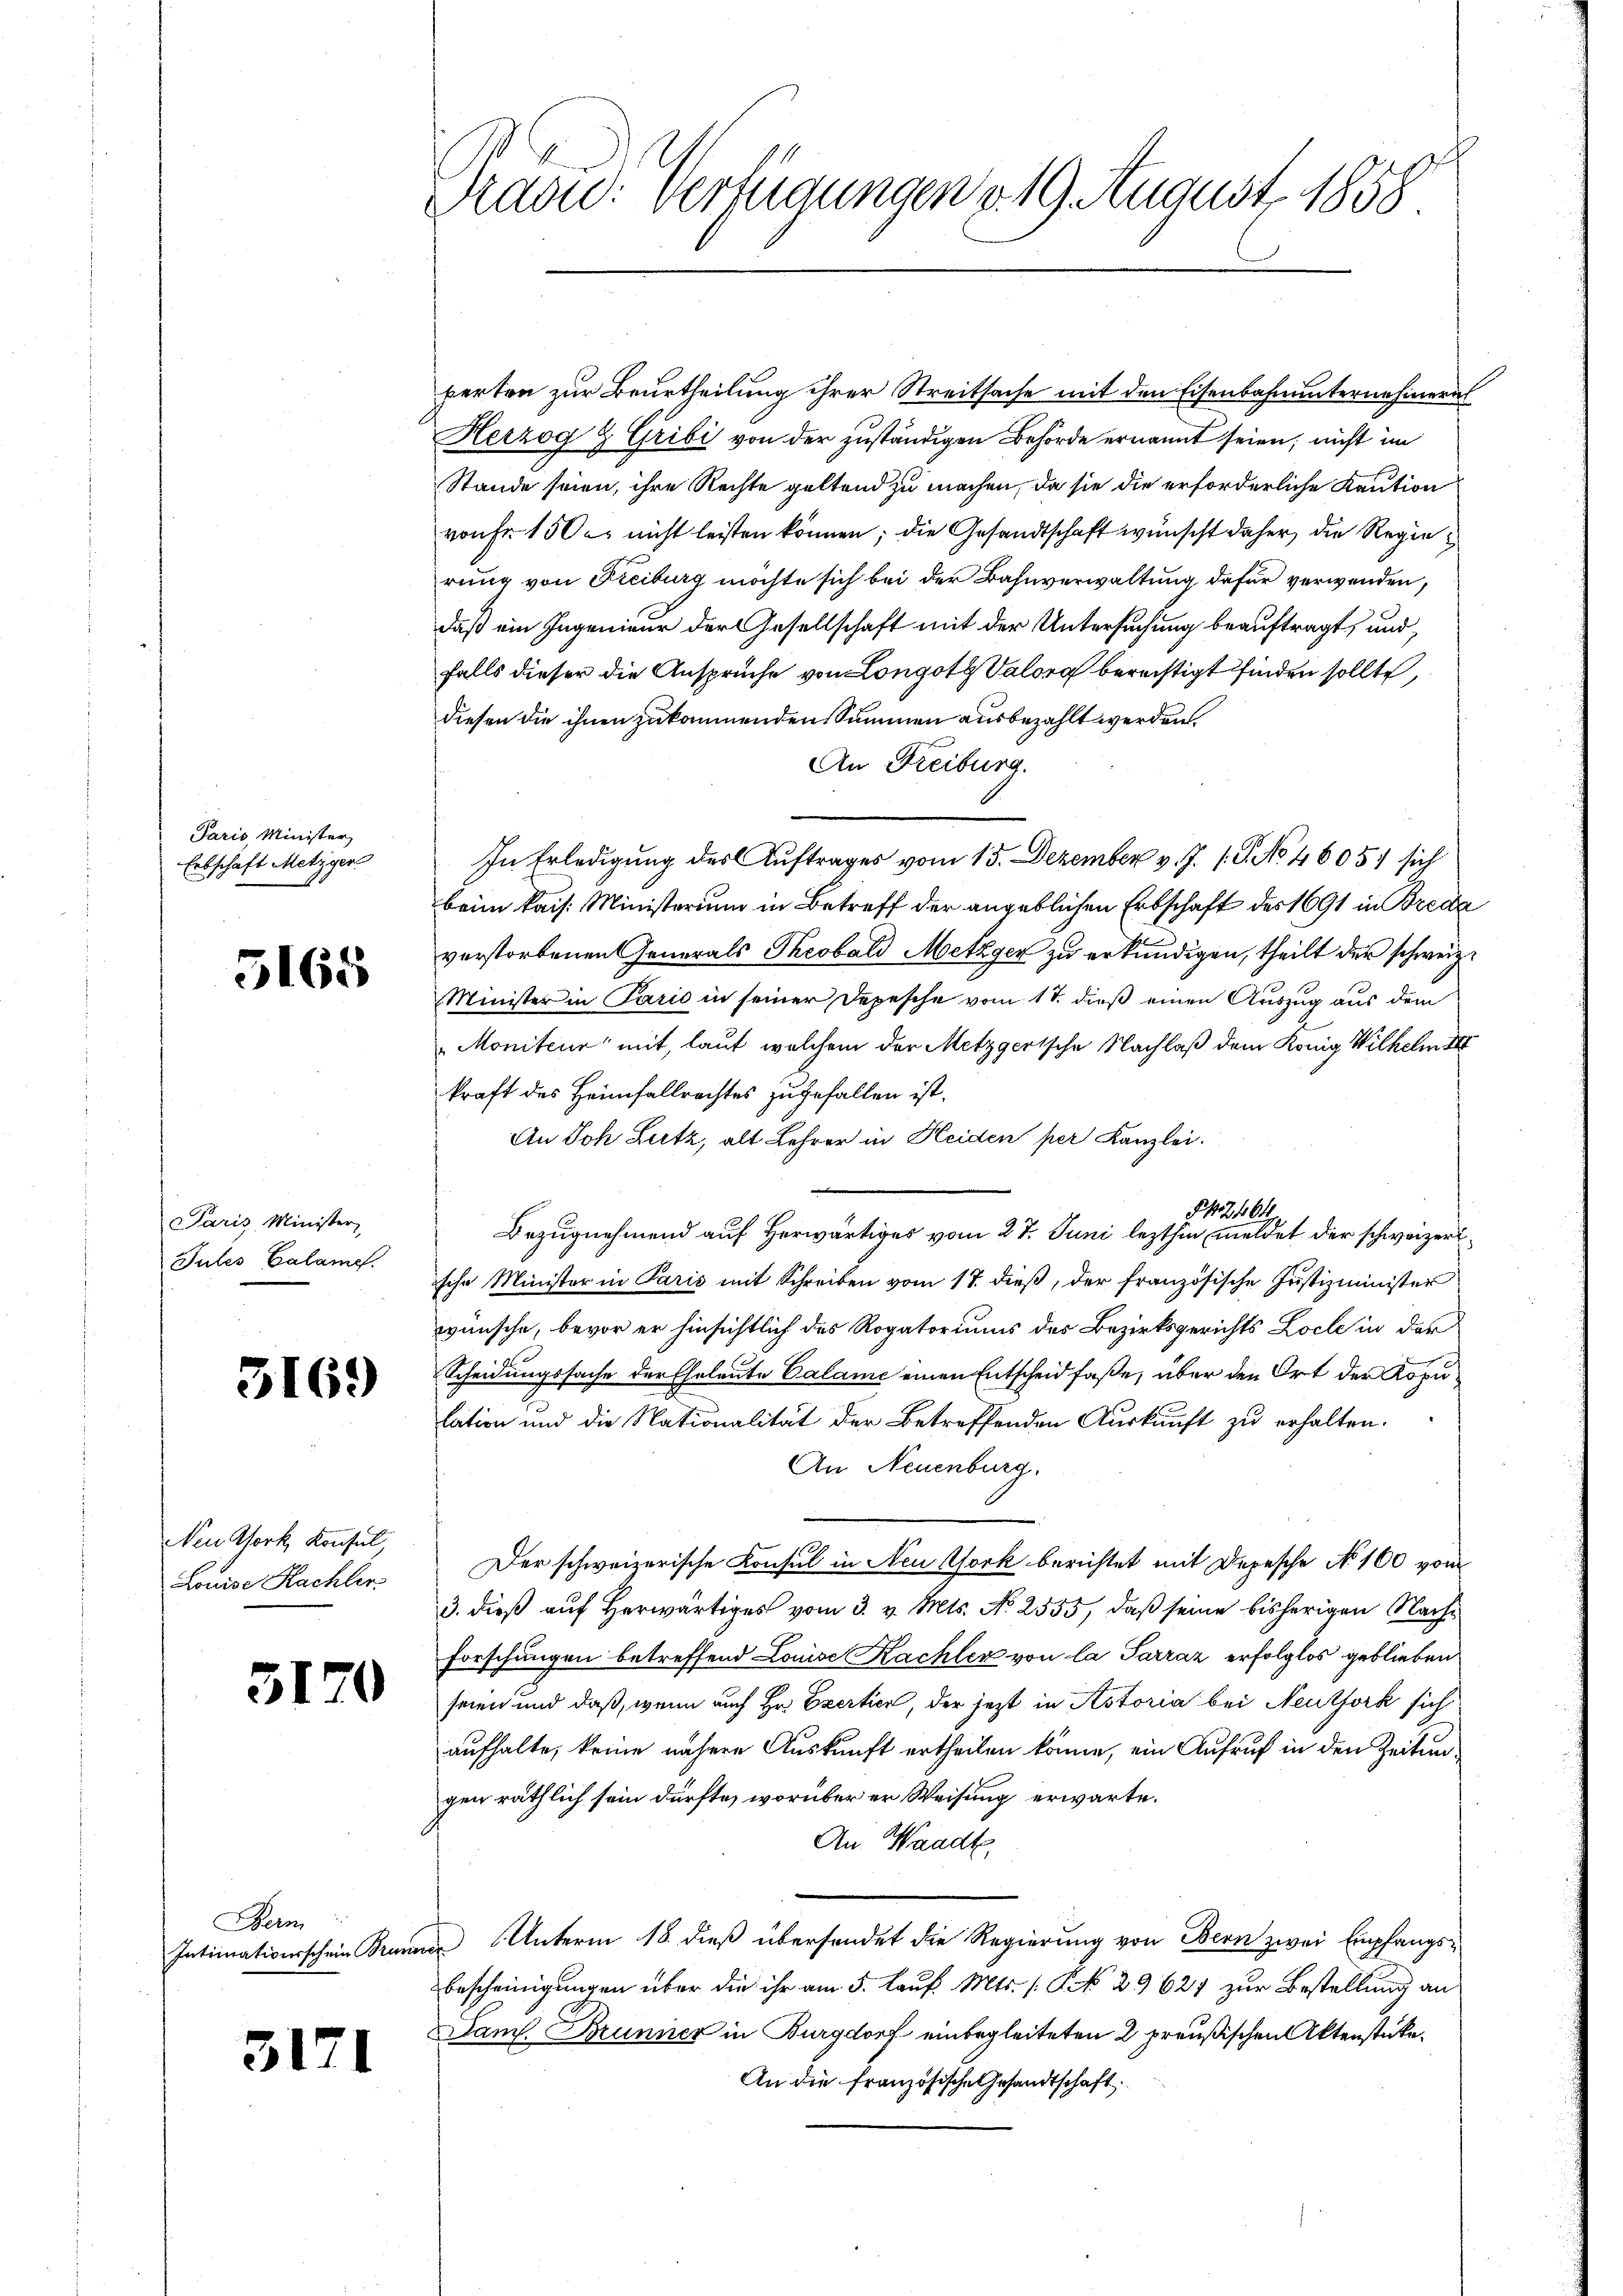
Paris, Minister
Erbschaft Metzger

5165

Paris Minister,
Jules Calame.

5169

Nen Pfork, Konseil,
Louise Rachler

5170

Bern
Intimationsschein Bruner

317

Prad: Verfügungen v. 19. August 1858

perten zur Beurtheilung ihrer Streitsache mit den Eisenbahnunternehmern
Herzog & Gribi von der zuständigen Behörde ernannt seien; nicht im
Stande seien, ihre Rechte geltend zu machen, da sie die erforderliche Kaution
von Fr. 150 r. nicht leisten können; die Gesandtschaft wünscht daher die Regierung von Freiburg möchte sich bei der Bahnverwaltung dafür verwenden,
daß ein Ingenieur der Gesellschaft mit der Untersuchung beauftragt, und
falls dieser die Ansprüche von Longott Valora berechtigt finden sollte,
diesen die ihnen zukommenden Summen ausbezahlt werden.
An Freiburg.
In Erledigung des Auftrages vom 15. Dezember v. J. 1. P. No 46057 sich
beim kais. Ministerium in Betreff der angeblichen Erbschaft des 1691 in Breda
verstorbenen Generals Theobald Metzger zu erkundigen, theilt der schweiz.
Minister in Paris in seiner Depesche vom 17. dieß einen Auszug aus dem
Moniteur mit, laut welchem der Metzgertsche Nachlaß dem König Wilhelm III
kraft des Heimfallrechtes zugefallen ist.
An Joh Lutz, alt Lehrer in Heiden per Kanzlei.
§42464
Bezugnehmend auf herwärtiges vom 27. Juni lezthin meldet der schweizeriische Minister in Paris mit Schreiben vom 17. dieß, der französische Justizminister
wünsche, bevor er hinsichtlich des Rogatoriums des Bezirksgerichts Loche in der
Scheidungssache der Eheleute Calame einen Entscheid faße, über den Ort der Koputation und die Nationalität der betreffenden Auskunft zu erhalten.
An Neuenburg.
Der schweizerische Konsul in Neu York berichtet mit Depesche No 100 vom
3. dieß auf Herwärtiges vom 3. v. Mts. No 2555, daß seine bisherigen Nach¬
Forschungen betreffend Louise Kachler von la Sarraz erfolglos geblieben
seien und daß, wenn auch Hr. Exertier, der jetzt in Astoria bei Neuthork sich
aufhalte, keine nähere Auskunft ertheilen könne, ein Aufruf in den Zeitungen räthlich sein dürfte, worüber er Weisung erwarte.
An Waadt
Unterm 18. dieß übersendet die Regierung von Bern zwei Empfangsf
Bescheinigungen über die ihr am 5. Lauf. Mts. s. § 29621 zur Bestellung an
Sam. Brunner in Burgdorf einbegleiteten 2 preußischen Aktenstücke.
An die französische Gesandtschaft